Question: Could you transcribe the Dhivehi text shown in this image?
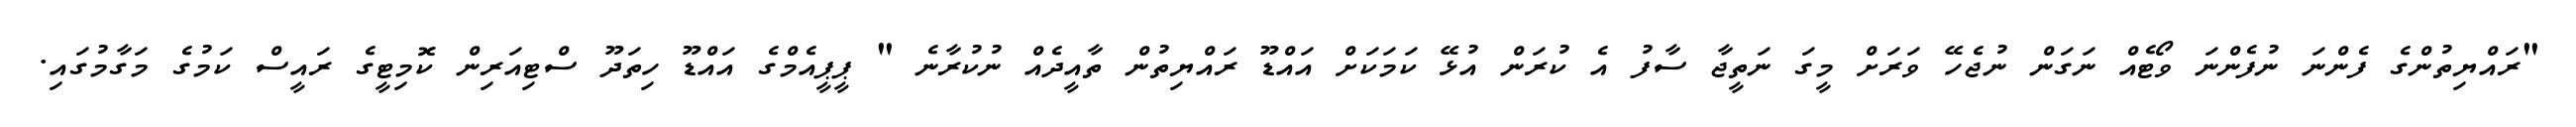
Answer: "ރައްޔިތުންގެ ފެންނަ ނުފެންނަ ވޯޓެއް ނަގަން ނުޖެހޭ ވަރަށް މީގަ ނަތީޖާ ސާފު އެ ކުރަން އުޅޭ ކަމަކަށް އައްޑޫ ރައްޔިތުން ތާއީދެއް ނުކުރާނެ " ޕީޕީއެމްގެ އައްޑޫ ހިތަދޫ ސްޓިއަރިން ކޮމިޓީގެ ރައީސް ކަމުގެ މަގާމުގައި.